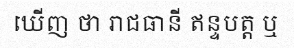
ឃើញ ថា រាជធានី ឥន្ទបត្ត ឬ